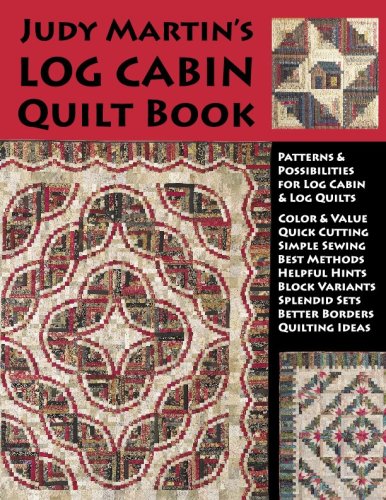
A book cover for Judy Martin's Log Cabin Quilt Book; Judy Martin; Crafts, Hobbies & Home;